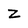
Character: z